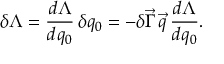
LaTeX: \delta \Lambda = \frac { d \Lambda } { d q _ { 0 } } \, \delta q _ { 0 } = - \delta \vec { \Gamma } \, \vec { q } \, \frac { d \Lambda } { d q _ { 0 } } .